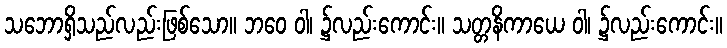
သဘောရှိသည်လည်းဖြစ်သော။ ဘဝေ ဝါ၊ ၌လည်းကောင်း။ သတ္တနိကာယေ ဝါ၊ ၌လည်းကောင်း။